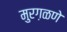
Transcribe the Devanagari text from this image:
मुरग़ळणे